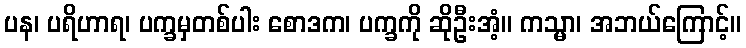
ပန၊ ပရိဟာရ၊ ပက္ခမှတစ်ပါး စောဒက၊ ပက္ခကို ဆိုဦးအံ့။ ကသ္မာ၊ အဘယ်ကြောင့်။